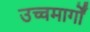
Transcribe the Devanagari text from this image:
उच्चमार्गों